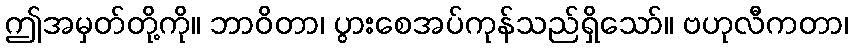
ဤအမှတ်တို့ကို။ ဘာဝိတာ၊ ပွားစေအပ်ကုန်သည်ရှိသော်။ ဗဟုလီကတာ၊